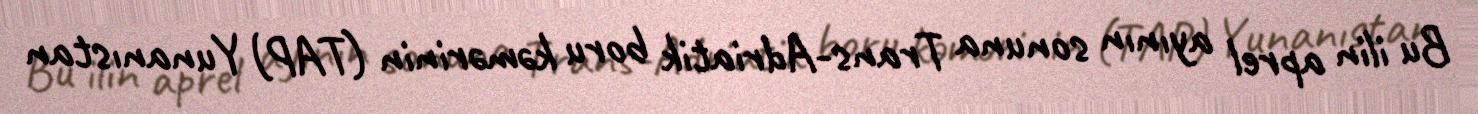
Bu ilin aprel ayının sonuna Trans-Adriatik boru kəmərinin (TAP) Yunanıstan